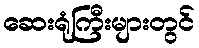
ဆေးရုံကြီးများတွင်